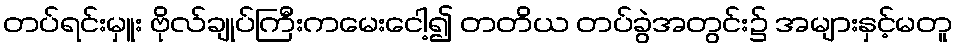
တပ်ရင်းမှူး ဗိုလ်ချုပ်ကြီးကမေးငေါ့၍ တတိယ တပ်ခွဲအတွင်း၌ အများနှင့်မတူ